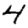
Digit: 4